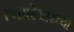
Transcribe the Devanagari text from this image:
त्याशेजारच्या